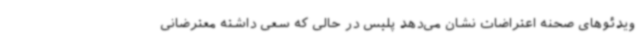
ویدئوهای صحنه اعتراضات نشان می‌دهد پلیس در حالی که سعی داشته معترضانی